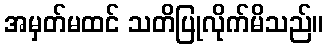
အမှတ်မထင် သတိပြုလိုက်မိသည်။